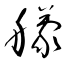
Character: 艨